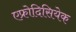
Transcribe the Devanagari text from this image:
एफ्रोदिसियेक